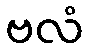
ဗလံ